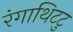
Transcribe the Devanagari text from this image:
रंगाथिटटु